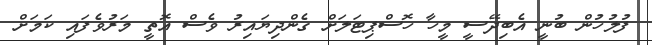
ފުލުހުން ބުނީ އެބިދޭސީ މީހާ ހޮސްޕިޓަލަށް ގެންދިޔައިރު ވެސް އޮތީ މަރުވެފައި ކަމަށް